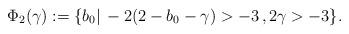
LaTeX: \begin{align*}\begin{aligned}\Phi_2 (\gamma) : = \{ b_0 | \, - 2( 2 - b_0 - \gamma ) > - 3 \,, 2 \gamma > - 3 \}.\end{aligned}\end{align*}